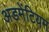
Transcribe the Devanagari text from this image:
अडमेंटियम